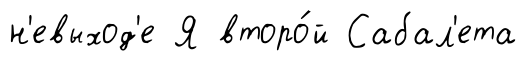
н'евыход'е Я второ́й Сабал'ета